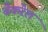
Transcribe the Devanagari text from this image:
बैकरेल